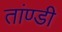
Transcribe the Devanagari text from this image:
तांण्डी